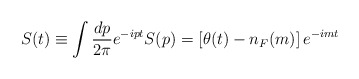
\begin{align*}S(t)\equiv \int{dp\over 2\pi}e^{-ipt} S(p)=\left[\theta(t)-n_F(m)\right]e^{-imt}\end{align*}